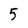
Character: 5